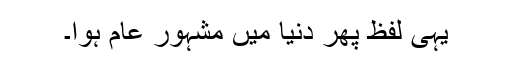
یہی لفظ پھر دنیا میں مشہور عام ہوا۔